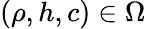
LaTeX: (\rho,h,c)\in\Omega